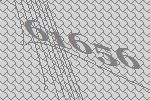
61656